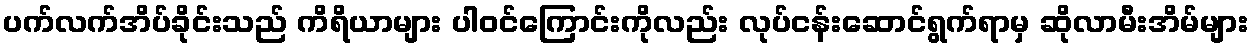
ပက်လက်အိပ်ခိုင်းသည် ကိရိယာများ ပါဝင်ကြောင်းကိုလည်း လုပ်ငန်းဆောင်ရွက်ရာမှ ဆိုလာမီးအိမ်များ